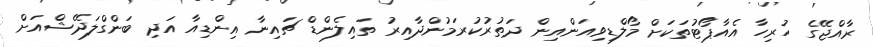
ރާއްޖޭގެ ހުރިހާ އެއާޕޯޓުތަކަށް މޯލްޑިވިއަންއިން ދަތުރުކުރަމުންދާއިރު ތައިލެންޑް ޗައިނާ އިންޑިއާ އަދި ބަންގްލަދޭޝްއަށް